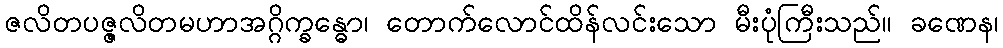
ဇလိတပဇ္ဇလိတမဟာအဂ္ဂိက္ခန္ဓော၊ တောက်လောင်ထိန်လင်းသော မီးပုံကြီးသည်။ ခဏေန၊